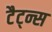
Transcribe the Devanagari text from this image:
टैट्न्स